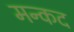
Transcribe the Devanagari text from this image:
मन्कद